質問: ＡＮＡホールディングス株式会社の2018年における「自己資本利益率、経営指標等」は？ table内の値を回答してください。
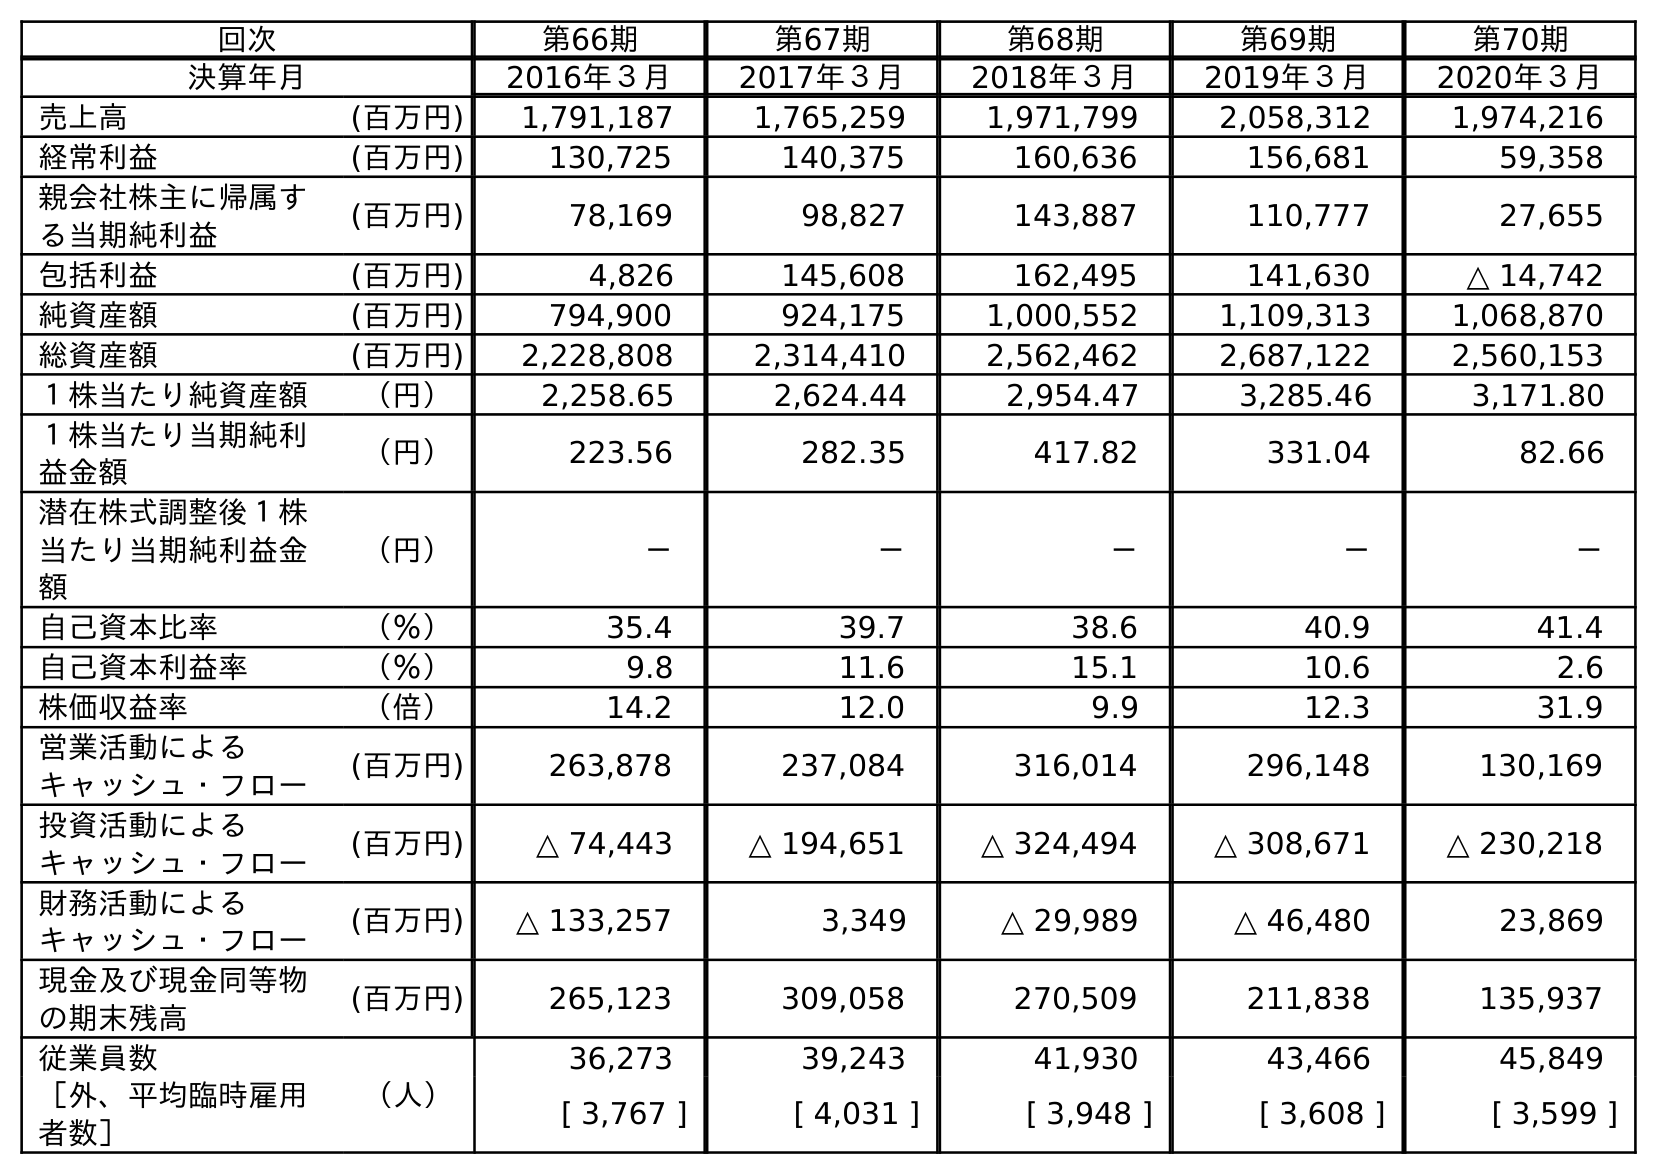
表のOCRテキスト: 回次 第66期 第67期 第68期 第69期 第70期 決算年月 2016年３月 2017年３月 2018年３月 2019年３月 2020年３月 売上高 (百万円) 1,791,187 1,765,259 1,971,799 2,058,312 1,974,216 経常利益 (百万円) 130,725 140,375 160,636 156,681 59,358 親会社株主に帰属す る当期純利益 (百万円) 78,169 98,827 143,887 110,777 27,655 包括利益 (百万円) 4,826 145,608 162,495 141,630 △ 14,742 純資産額 (百万円) 794,900 924,175 1,000,552 1,109,313 1,068,870 総資産額 (百万円) 2,228,808 2,314,410 2,562,462 2,687,122 2,560,153 １株当たり純資産額 （円） 2,258.65 2,624.44 2,954.47 3,285.46 3,171.80 １株当たり当期純利 益金額 （円） 223.56 282.35 417.82 331.04 82.66 潜在株式調整後１株 当たり当期純利益金 額 （円） － － － － － 自己資本比率 （％） 35.4 39.7 38.6 40.9 41.4 自己資本利益率 （％） 9.8 11.6 15.1 10.6 2.6 株価収益率 （倍） 14.2 12.0 9.9 12.3 31.9 営業活動による キャッシュ・フロー (百万円) 263,878 237,084 316,014 296,148 130,169 投資活動による キャッシュ・フロー (百万円) △ 74,443 △ 194,651 △ 324,494 △ 308,671 △ 230,218 財務活動による キャッシュ・フロー (百万円) △ 133,257 3,349 △ 29,989 △ 46,480 23,869 現金及び現金同等物 の期末残高 (百万円) 265,123 309,058 270,509 211,838 135,937 従業員数 （人） 36,273 39,243 41,930 43,466 45,849 ［外、平均臨時雇用 者数］ [ 3,767 ] [ 4,031 ] [ 3,948 ] [ 3,608 ] [ 3,599 ]
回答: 15.1